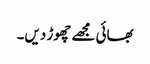
بھائی مجھے چھوڑ دیں۔